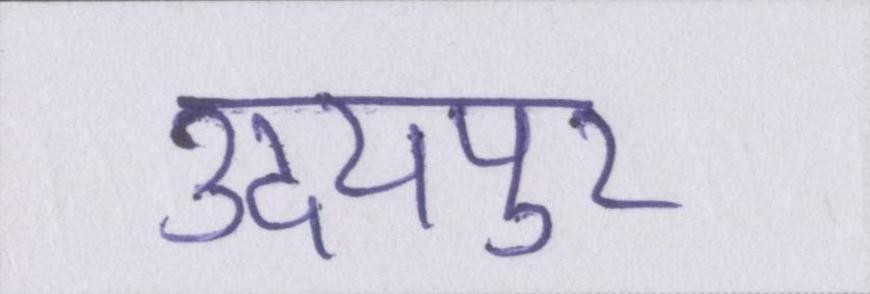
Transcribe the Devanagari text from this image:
उदयपुर